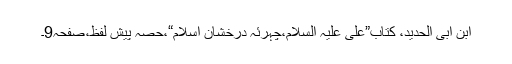
ابن ابی الحدید، کتاب”علی علیہ السلام،چہرئہ درخشانِ اسلام“،حصہ پیش لفظ،صفحہ9۔